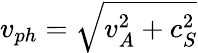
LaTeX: v_{ph}=\sqrt{v_{A}^{2}+c_{S}^{2}}